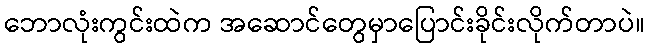
ဘောလုံးကွင်းထဲက အဆောင်တွေမှာပြောင်းခိုင်းလိုက်တာပဲ။